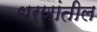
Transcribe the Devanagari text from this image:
धरणांतील